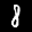
Label: 8